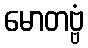
မောတဗ္ဗံ